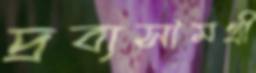
দ্রব্যসামগ্রী